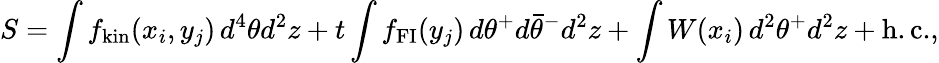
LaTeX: S=\int f_{\mathrm{kin}}(x_{i},y_{j})\, d^{4}\theta d^{2}z+t\int f_{\mathrm{FI}}(y_{j})\, d\theta^{+}d\bar{\theta}^{-}d^{2}z+\int W(x_{i})\, d^{2}\theta^{+}d^{2}z+\mathrm{h.c.},